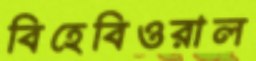
বিহেবিওরাল